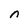
Character: n